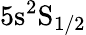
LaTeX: \mathrm{5s^{2}S_{1/2}}